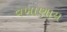
વખાણાય